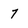
Character: 7